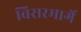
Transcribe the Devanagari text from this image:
विरारमार्गे